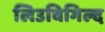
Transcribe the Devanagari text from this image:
लिउविगिल्द